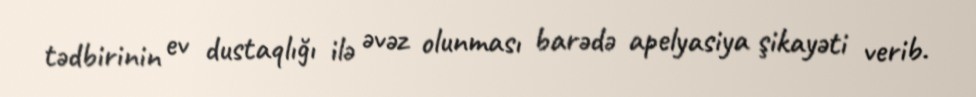
tədbirinin ev dustaqlığı ilə əvəz olunması barədə apelyasiya şikayəti verib.